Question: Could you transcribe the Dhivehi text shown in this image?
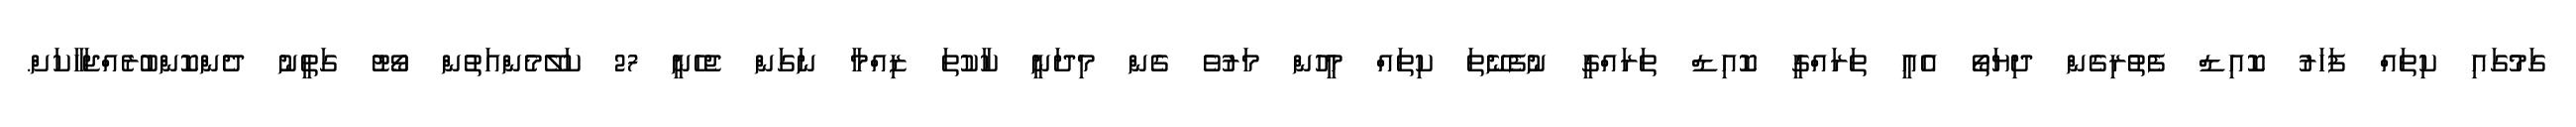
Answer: ގަމުގައި ކިތައް ފަހަރު ކޮއިޑް ފެތުރިގެން ދިޔަތޯ އެއީ ތަރައްގީ ކޮއިޑް ތަރައްގީ ނުފެނޭތަ ކިތައް މީހުން މަރުވެ ގެން މިދަނީ ކާކުތަ ޒިއްމާ ނަގަން ޖެހެނީ 27 ކަލޭމެންއަތުން ވޯޓު ގަތީނު ދެންކޮންބުރެއްޖަހާކަށް.